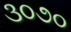
૩૦૭૦